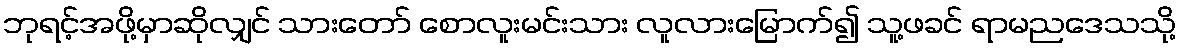
ဘုရင့်အဖို့မှာဆိုလျှင် သားတော် စောလူးမင်းသား လူလားမြောက်၍ သူ့ဖခင် ရာမညဒေသသို့